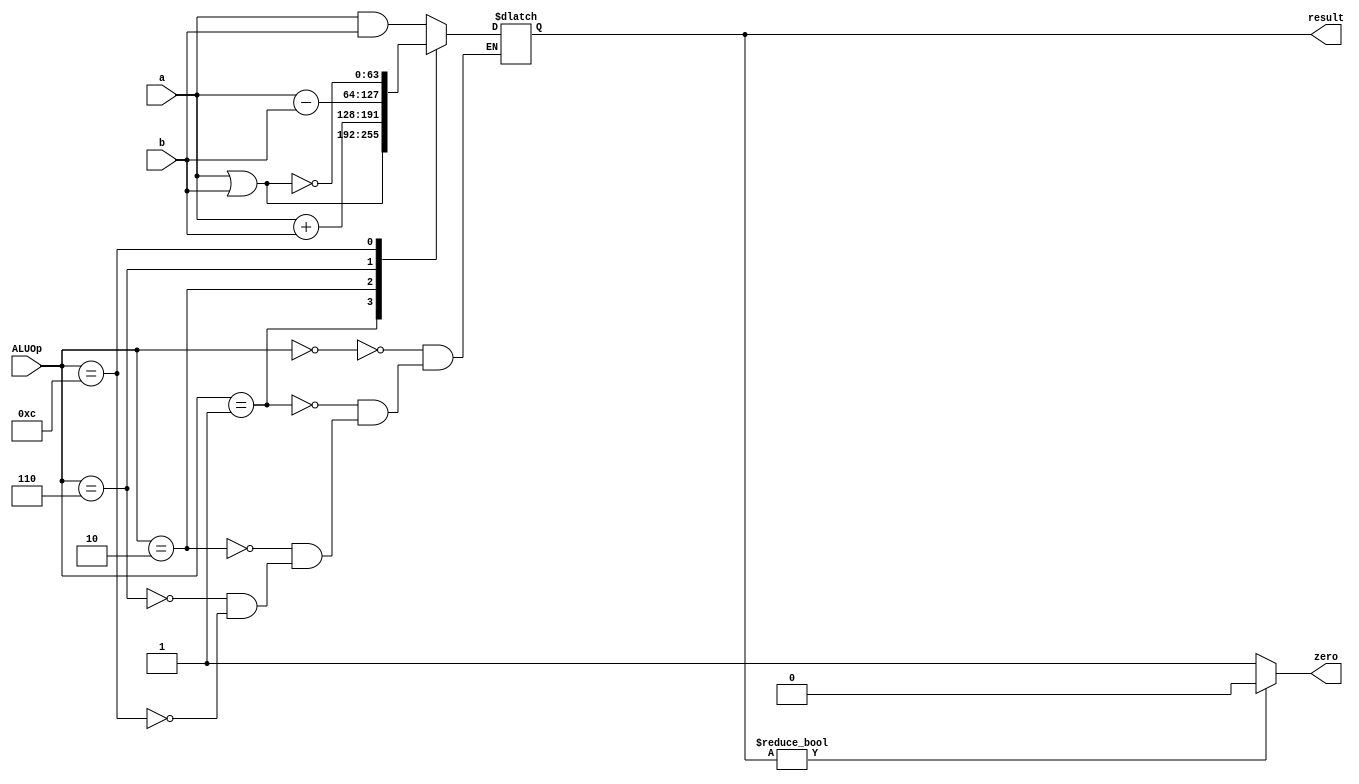
module ALU_64_bit (
  input [63:0]a,
  input [63:0]b,
  input [3:0] ALUOp,
  output reg [63:0]  result,
  output zero
);
  

  always @ (a or b or ALUOp)
    begin
      case (ALUOp)
        4'b0000: result = a & b;    
        4'b0001: result = a | b;    
        4'b0010: result = a + b;    
        4'b0110: result = a - b;    
        4'b1100: result = ~(a | b); 
      endcase
    end
  	assign zero = result ? 1'b0 : 1'b1;  
    
endmodule